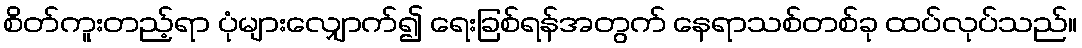
စိတ်ကူးတည့်ရာ ပုံများလျှောက်၍ ရေးခြစ်ရန်အတွက် နေရာသစ်တစ်ခု ထပ်လုပ်သည်။